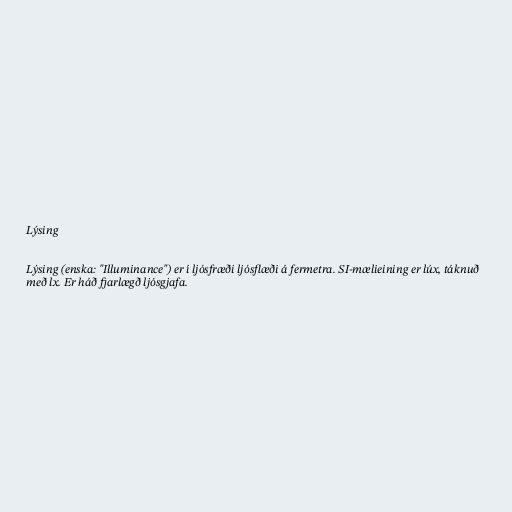
Lýsing

Lýsing (enska: "Illuminance") er í ljósfræði ljósflæði á fermetra. SI-mælieining er lúx, táknuð
með lx. Er háð fjarlægð ljósgjafa.